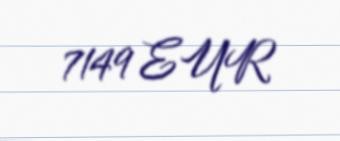
7149 EUR